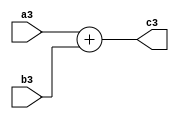
module ad3(input [8:0] a3, input [10:0] b3, output reg [11:0] c3
    );



always@(*)

c3= a3+b3;
    
endmodule